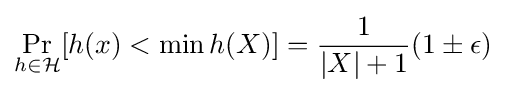
\Pr _{h\in {\mathcal {H}}}[h(x)<\min h(X)]={\frac {1}{|X|+1}}(1\pm \epsilon )